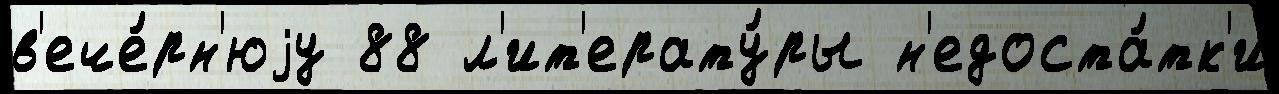
в'ече́рн'юjу 88 л'ит'ерату́ры н'едоста́тк'и